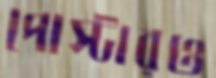
পোস্টারও